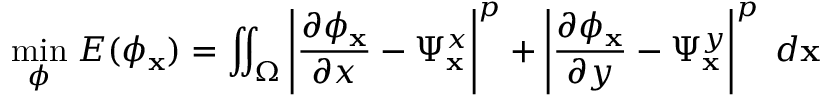
\underset { \phi } { \operatorname* { m i n } } \; E ( \phi _ { \mathbf { x } } ) = \iint _ { \Omega } \left\lvert \frac { \partial \phi _ { \mathbf { x } } } { \partial x } - \Psi _ { \mathbf { x } } ^ { x } \right\rvert ^ { p } + \left\lvert \frac { \partial \phi _ { \mathbf { x } } } { \partial y } - \Psi _ { \mathbf { x } } ^ { y } \right\rvert ^ { p } \; d \mathbf { x }